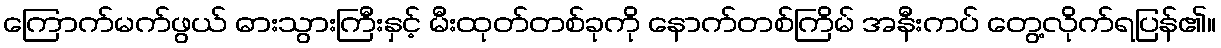
ကြောက်မက်ဖွယ် ဓားသွားကြီးနှင့် မီးထုတ်တစ်ခုကို နောက်တစ်ကြိမ် အနီးကပ် တွေ့လိုက်ရပြန်၏။